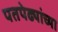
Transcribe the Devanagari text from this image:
पतपेढ्यांच्या